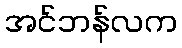
အင်ဘန်လက